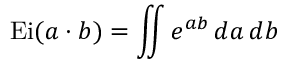
\operatorname { E i } ( a \cdot b ) = \iint e ^ { a b } \, d a \, d b